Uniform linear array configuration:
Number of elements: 24
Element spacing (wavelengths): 0.5
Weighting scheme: binomial
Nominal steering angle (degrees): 15
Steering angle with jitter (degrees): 15.49
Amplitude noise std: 0.05
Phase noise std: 0.05

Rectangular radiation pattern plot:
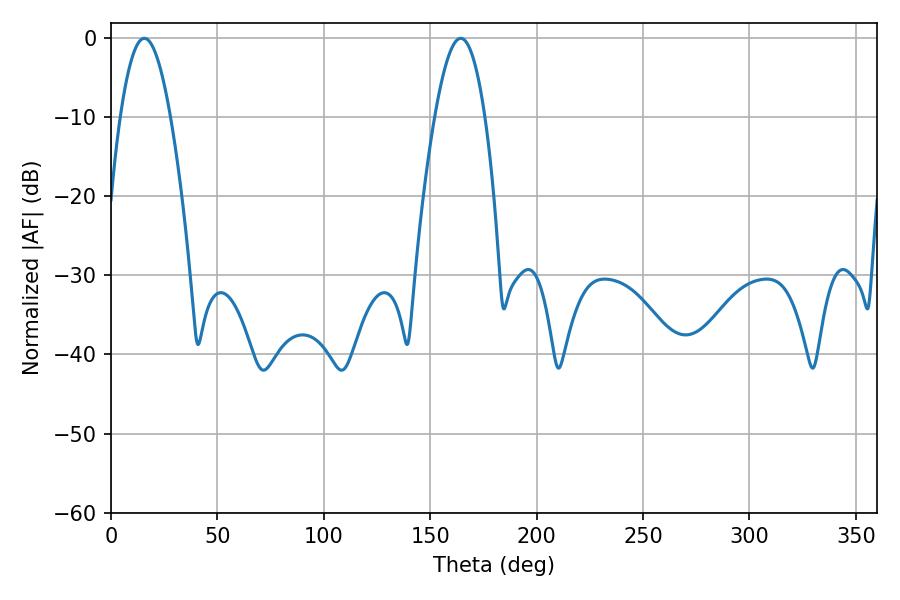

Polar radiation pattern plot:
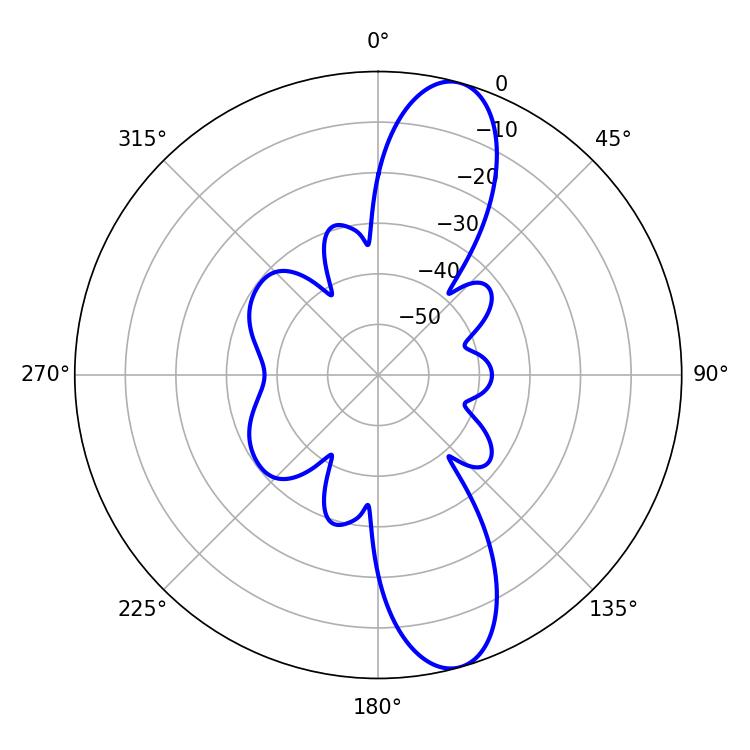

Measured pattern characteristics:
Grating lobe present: FALSE
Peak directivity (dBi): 11.817
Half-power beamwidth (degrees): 12.78
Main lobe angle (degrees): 15.66